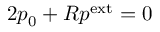
2 p _ { 0 } + R p ^ { \mathrm { e x t } } = 0